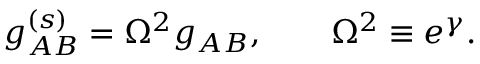
g _ { A B } ^ { ( s ) } = \Omega ^ { 2 } g _ { A B } , \qquad \Omega ^ { 2 } \equiv e ^ { \gamma } .